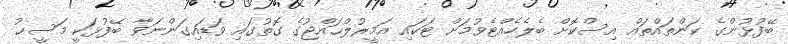
ބޭފުޅުންގެ ކަންތައްތައް އިސްކޮށް ބެލެހެއްޓެވުމަށް ޓަކައި އަމީރުލްޙައްޖުގެ ގޮތުގައި ވަޑައިގަންނަވާ ބޭފުޅަކީ މަސީޙު